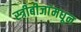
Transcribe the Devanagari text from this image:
स्त्रीबीजांमधून